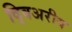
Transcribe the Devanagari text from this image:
द्विअरीय